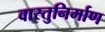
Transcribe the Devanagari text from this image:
वास्तुनिर्माण